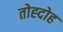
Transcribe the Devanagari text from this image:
तोह्दोह